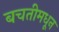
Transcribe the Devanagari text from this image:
बचतीमधून